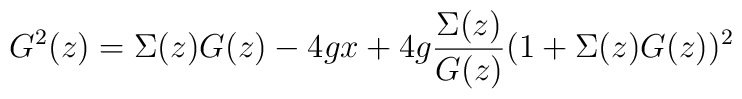
G^{2}(z) =\Sigma(z) G(z) - 4 g x + 4 g{\Sigma(z)\over{G(z)}}(1+\Sigma(z)G(z))^{2}